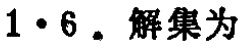
$1\cdot 6.$ 解集为